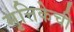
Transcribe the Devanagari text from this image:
मृत्तिकेची